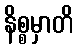
နိစ္စမှာတိ